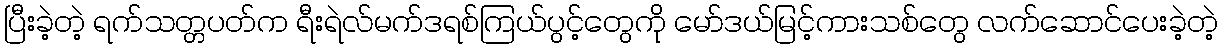
ပြီးခဲ့တဲ့ ရက်သတ္တပတ်က ရီးရဲလ်မက်ဒရစ်ကြယ်ပွင့်တွေကို မော်ဒယ်မြင့်ကားသစ်တွေ လက်ဆောင်ပေးခဲ့တဲ့